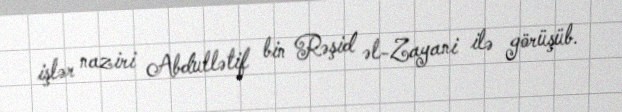
işlər naziri Abdullətif bin Rəşid əl-Zayani ilə görüşüb.